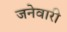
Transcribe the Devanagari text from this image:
जनेवारी